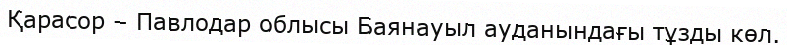
Қарасор – Павлодар облысы Баянауыл ауданындағы тұзды көл.